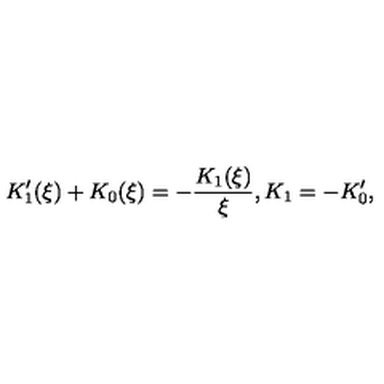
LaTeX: K _ { 1 } ^ { \prime } ( \xi ) + K _ { 0 } ( \xi ) = - \frac { K _ { 1 } ( \xi ) } { \xi } , K _ { 1 } = - K _ { 0 } ^ { \prime } ,